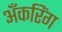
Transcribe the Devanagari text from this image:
अँकरिंग